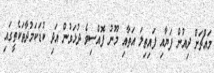
މައްޗަށް ދިއުން ފަޔާއި ފައިތިލަ އަތާއި މޫނު ފޮއްސިވެ ދުޅަވުން އަދި ކުޑަކަމުދާތަކެތީގައި